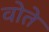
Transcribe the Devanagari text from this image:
वोते